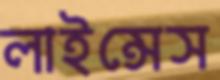
লাইন্সেস